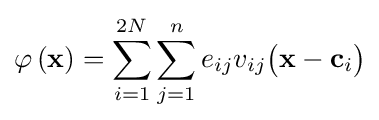
\varphi \left(\mathbf {x} \right)=\sum _{i=1}^{2N}\sum _{j=1}^{n}e_{ij}v_{ij}{\big (}\mathbf {x} -\mathbf {c} _{i}{\big )}